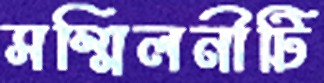
সম্মিলনীটি